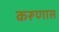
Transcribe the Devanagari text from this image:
करूणास